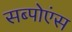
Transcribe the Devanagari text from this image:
सब्पोएंस